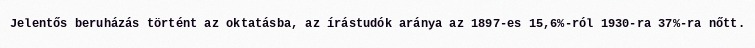
Jelentős beruházás történt az oktatásba, az írástudók aránya az 1897-es 15,6%-ról 1930-ra 37%-ra nőtt.